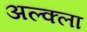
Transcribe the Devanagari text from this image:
अल्क्ला